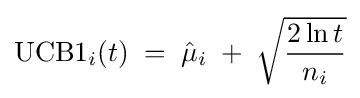
\mathrm {UCB1} _{i}(t)\;=\;{\hat {\mu }}_{i}\;+\;{\sqrt {\frac {2\ln t}{n_{i}}}}